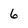
Character: 6